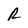
Character: R